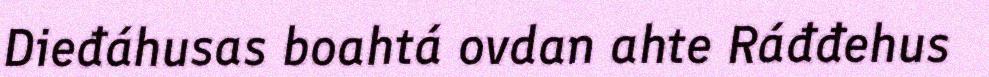
Dieđáhusas boahtá ovdan ahte Ráđđehus